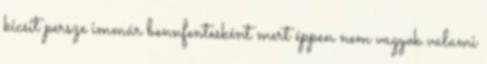
kicsit persze immár bennfentesként mert éppen nem vagyok valami